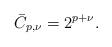
LaTeX: \begin{align*} \bar C_{p,\nu} = 2^{p+\nu}.\end{align*}